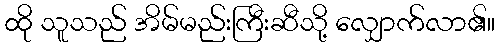
ထို သူသည် အိမ်မည်းကြီးဆီသို့ လျှောက်လာ၏။